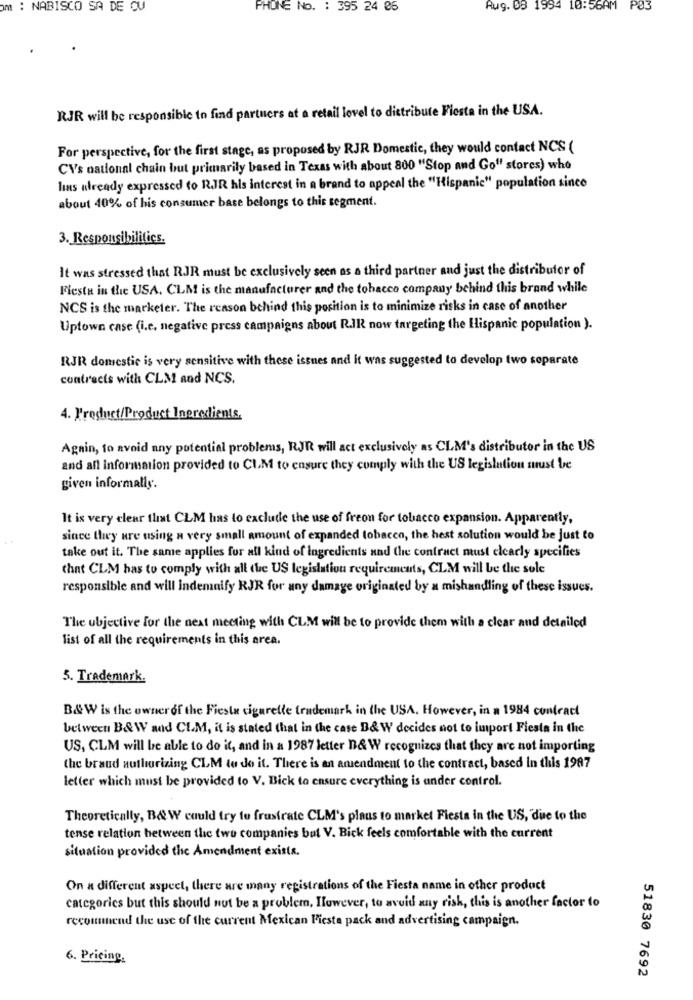
om : NABISCO SA DE CU
PHONE No. : 395 24 86
Aug. 63 1994 10:56AM P03
RJR will be responsible to find partners at a retail lovel to distribute Fiesta in the USA.
For perspective, for the first stage, as proposed by RJR Domestic, they would contact NCS (
CV's national chain but primarily based in Texas with about 800 "Stop and Go" stores) who
lins already expressed to RJR hls interest in a brand to appeal the "Hispanic" population since
about 40% of his consumer base belongs to this segment.
3. Responsibilities.
It was stressed that RJR must be exclusively seen as a third partner and just the distributor of
Flesta in the USA. CLM is the manufacturer and the tobacco company behind this brand while
NCS is the marketer. The reason behind this position is to minimize risks in case of another
Uptown case (i.e. negative press campaigns about R.IR now targeting the Hispanic population ).
RJR domestic is very sensitive with these issues and it was suggested to develop two separate
contracts with CLM and NCS.
4. Product/Product Ingredients,
Again, to avoid any potential problems, RJR will act exclusively as CLM's distributor in the US
and all information provided to CLM to ensure they comply with the US legislation must be
given informally.
It is very clear that CLM has to exclude the use of freon for tobacco expansion. Apparently,
since they are using a very small amount of expanded tobacco, the hest solution would be just to
take out it. The same applies for all kind of ingredients and the contract must clearly specifies
that CLM has to comply with all the US legislation requirements, CLM will be the sole
responsible and will indemnify RJR for any damage originated by a mishandling of these issues.
The ubjective for the next meeting with CLM will be to provide them with a clear and detailed
list of all the requirements in this area.
5. Trademark.
B&W is the owner of the Fiesta cigarette trademark in the USA. However, in a 1984 contract
between B&W and CLM, it is stated that in the case B& W decides not to import Fiesta in the
US, CLM will be able to do it, and in a 1987 letter D& W recognizes that they are not importing
the brand authorizing CLM to do it. There is an amendment to the contract, based in this 1987
letter which must be provided to V. Bick to ensure everything is ander control.
Theoretically, B& W could try to frustrate CLM's plaus to market Flesta in the US, due to the
tense relation between the two companies but V. Bick feels comfortable with the current
situation provided the Amendment exists.
On a different aspeet, there are many registrations of the Fiesta name in other product
categories but this should not be a problem, However, to avoid any rish, this is another factor to
recommend the use of the current Mexican Fiesta pack and advertising campaign.
6. Pricing,
51830 7692